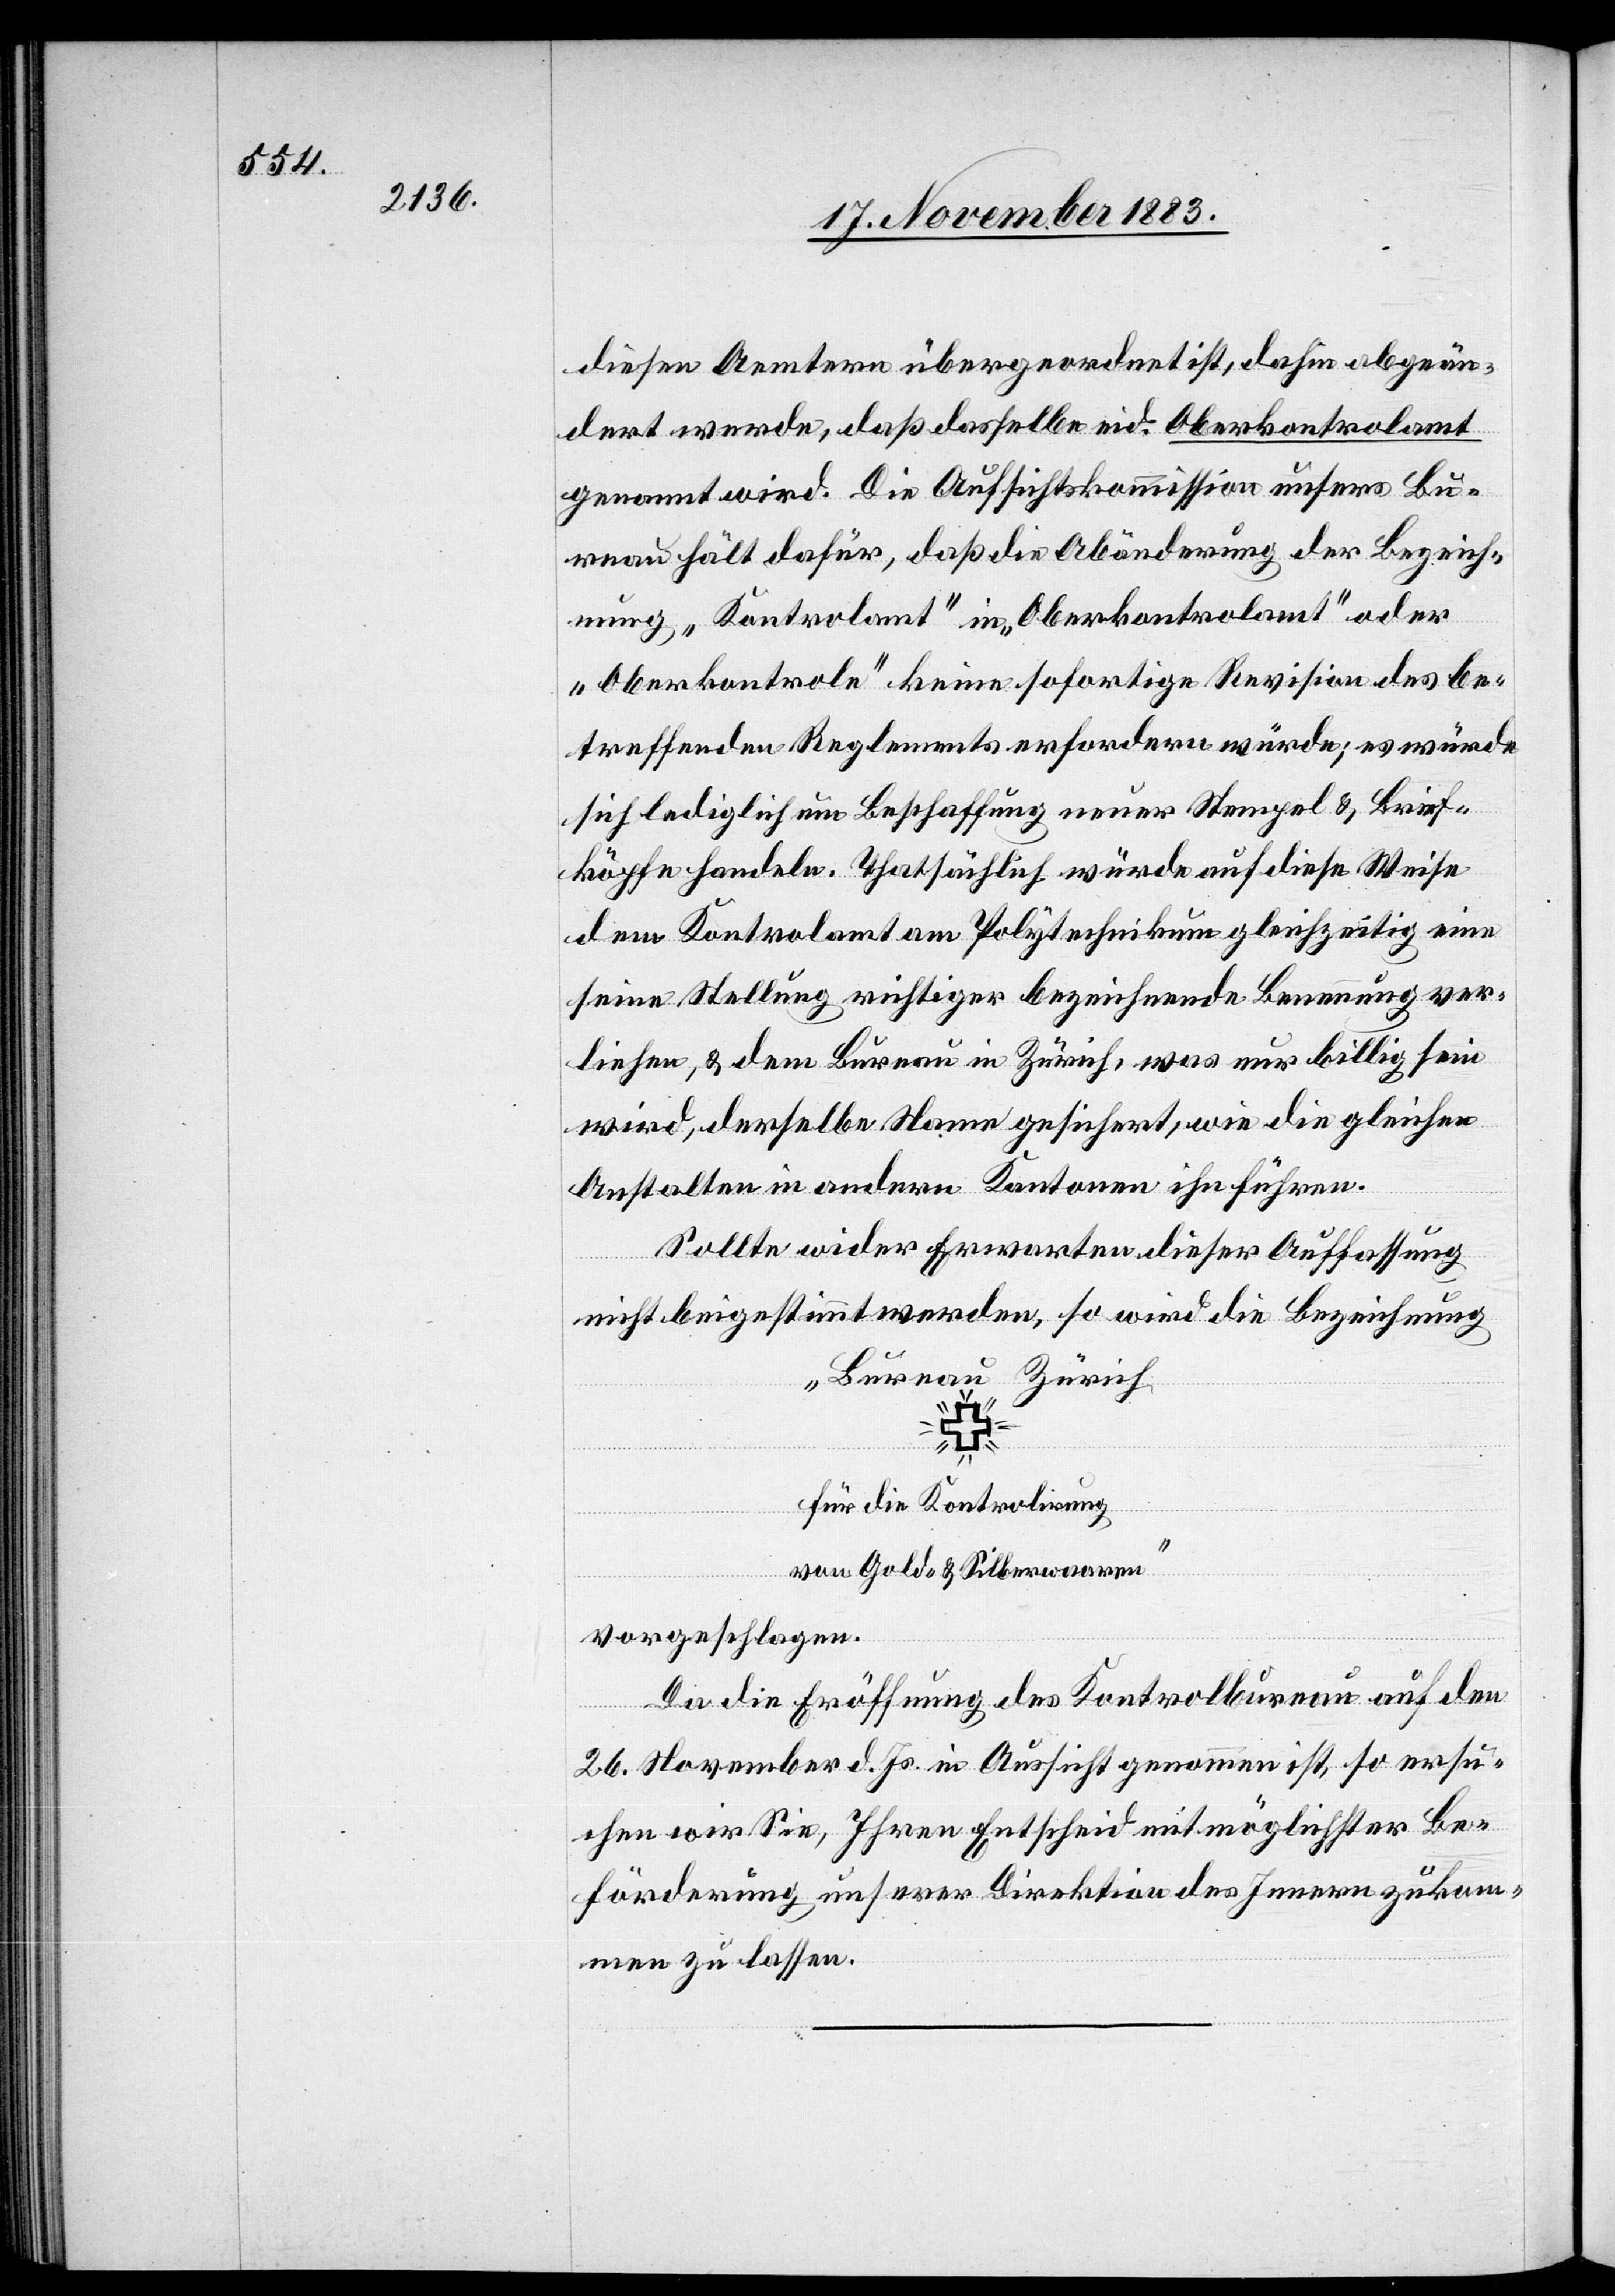
diesen Aemtern übergeordnet ist, dahin abgeän¬
dert werde, daß dasselbe eid. Oberkontrolamt
genannt wird. Die Aufsichtskommission unsers Bu¬
reau hält dafür, daß die Abänderung der Bezeich¬
nung „Kontrolamt“ in „Oberkontrolamt“ oder
„Oberkontrole“ keine sofortige Revision des be¬
treffenden Reglements erfordern würde; es würde
sich lediglich um Beschaffung neuer Stempel & Brief¬
köpfe handeln. Thatsächlich würde auf diese Weise
dem Kontrolamt am Polytechnikum gleichzeitig eine
seine Stellung richtiger bezeichnende Benennung ver¬
liehen, & dem Bureau in Zürich, was nur billig sein
wird, derselbe Name gesichert, wie die gleichen
Anstalten in andern Kantonen ihn führen.
Sollte wider Erwarten dieser Auffassung
nicht beigestimmt werden, so wird die Bezeichnung
„Bureau Zürich
für die Kontrolirung
von Gold- & Silberwaaren“
vorgeschlagen.
Da die Eröffnung des Kontrolbureau auf den
26. November d. Js. in Aussicht genommen ist, so ersu¬
chen wir Sie, Ihren Entscheid mit möglichster Be¬
förderung unserer Direktion des Innern zukom¬
men zu lassen.